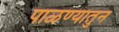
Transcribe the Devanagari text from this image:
पाळण्यातुन